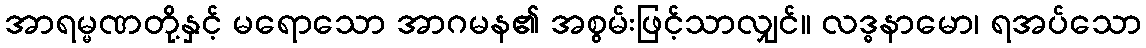
အာရမ္မဏတို့နှင့် မရောသော အာဂမန၏ အစွမ်းဖြင့်သာလျှင်။ လဒ္ဓနာမော၊ ရအပ်သော